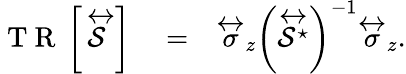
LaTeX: \begin{array}{rlr}{\mathrm{~T~R~}\left\lbrack\stackrel{\leftrightarrow}{\mathcal{S}}\right\rbrack}&{{}=}&{\stackrel{\leftrightarrow}{\sigma}_{z}\left(\stackrel{\leftrightarrow}{\mathcal{S}^{\star}}\right)^{-1}\stackrel{\leftrightarrow}{\sigma}_{z}.}\end{array}